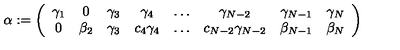
\alpha : = \left( \begin{array} { c c c c c c c c } { \gamma _ { 1 } } & { 0 } & { \gamma _ { 3 } } & { \gamma _ { 4 } } & { \ldots } & { \gamma _ { N - 2 } } & { \gamma _ { N - 1 } } & { \gamma _ { N } } \\ { 0 } & { \beta _ { 2 } } & { \gamma _ { 3 } } & { c _ { 4 } \gamma _ { 4 } } & { \ldots } & { c _ { N - 2 } \gamma _ { N - 2 } } & { \beta _ { N - 1 } } & { \beta _ { N } } \\ \end{array} \right)